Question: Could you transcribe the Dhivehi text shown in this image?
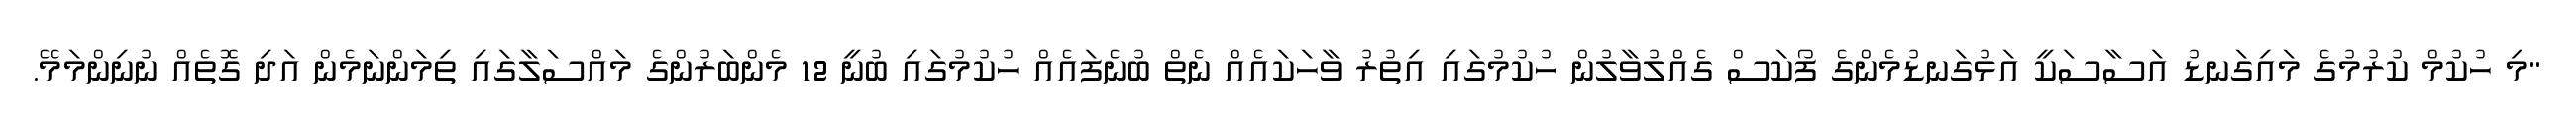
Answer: "މި ހުކުމް ކުރުމުގެ މައިގަނޑު އަސާސަކީ އަޅުގަނޑުމެންގެ ފޯކަސް ގެއްލުވާލުން ހުކުމުގައި އިތުރު ވާހަކައެއް ނެތް ބުނެފައެއް ހުކުމުގައި ބުނީ 12 މެންބަރުންގެ މައްސަލާގައި ތިމަންނަމެން އަދި ގޮތެއް ނުނިންމަމޭ.